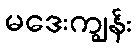
မဒေးကျွန်း